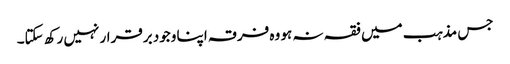
جس مذہب میں فقہ نہ ہو وہ فرقہ اپنا وجود برقرار نہیں رکھ سکتا۔